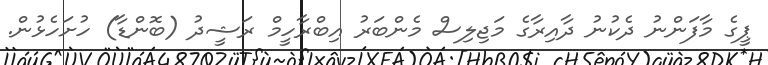
ޕީގެ މާފަންނު ދެކުނު ދާއިރާގެ މަޖިލިސް މެންބަރު އިބްރާހީމް ރަޝީދު (ބޮންޑާ) ހުށަހެޅުން.